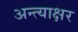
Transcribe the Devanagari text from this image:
अन्त्याक्षर